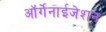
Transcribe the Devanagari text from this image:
ऑर्गेनाईजेशन